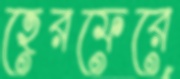
হেরফেরে